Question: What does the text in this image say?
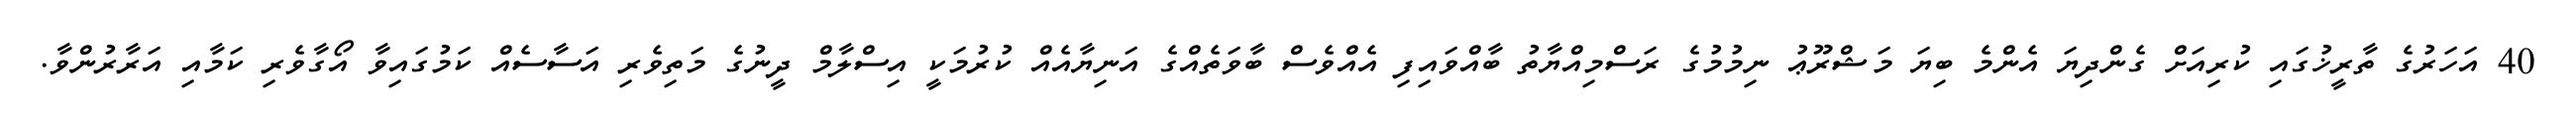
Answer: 40 އަހަރުގެ ތާރީޚުގައި ކުރިއަށް ގެންދިޔަ އެންމެ ބިޔަ މަޝްރޫޢު ނިމުމުގެ ރަސްމިއްޔާތު ބާއްވައިފި އެއްވެސް ބާވަތެއްގެ އަނިޔާއެއް ކުރުމަކީ އިސްލާމް ދީނުގެ މަތިވެރި އަސާސެއް ކަމުގައިވާ އޯގާވެރި ކަމާއި އަރާރުންވާ.